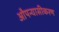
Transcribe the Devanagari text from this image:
औपन्यासीकरण